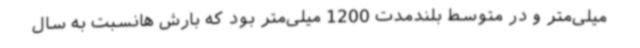
میلی‌متر و در متوسط بلندمدت 1200 میلی‌متر بود که بارش هانسبت به سال